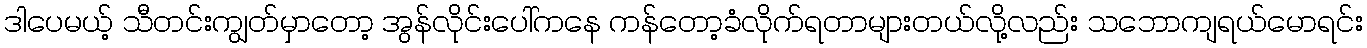
ဒါပေမယ့် သီတင်းကျွတ်မှာတော့ အွန်လိုင်းပေါ်ကနေ ကန်တော့ခံလိုက်ရတာများတယ်လို့လည်း သဘောကျရယ်မောရင်း